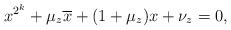
LaTeX: \begin{align*} x^{2^k}+\mu_z\overline{x}+(1+\mu_z)x+\nu_z= 0,\end{align*}